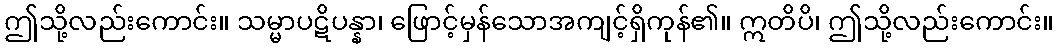
ဤသို့လည်းကောင်း။ သမ္မာပဋိပန္နာ၊ ဖြောင့်မှန်သောအကျင့်ရှိကုန်၏။ ဣတိပိ၊ ဤသို့လည်းကောင်း။